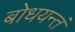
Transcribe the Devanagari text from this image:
बोधयन्तं